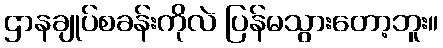
ဌာနချုပ်စခန်းကိုလဲ ပြန်မသွားတော့ဘူး။